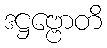
ဒဋ္ဌဗ္ဗောတိ